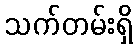
သက်တမ်းရှိ